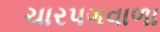
ચારપગવાળા